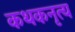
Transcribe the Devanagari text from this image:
कथकनृत्य